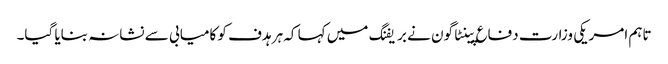
تاہم امریکی وزارت دفاع پینٹاگون نے بریفنگ میں کہا کہ ہر ہدف کو کامیابی سے نشانہ بنایا گیا۔